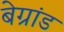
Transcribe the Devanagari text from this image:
बेग्रांड